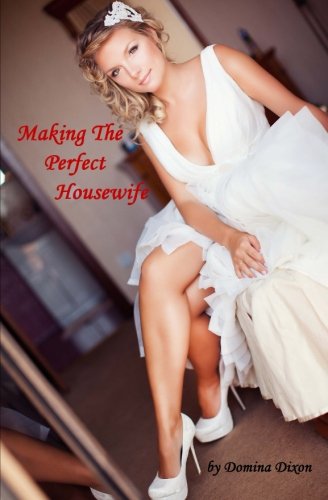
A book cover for Making The Perfect Housewife: Part One: Dominating and Feminizing Her Husband (Volume 1); Domina Dixon; Romance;